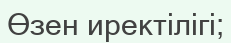
Өзен иректілігі;